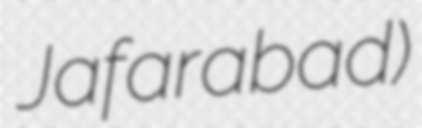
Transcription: Jafarabad)